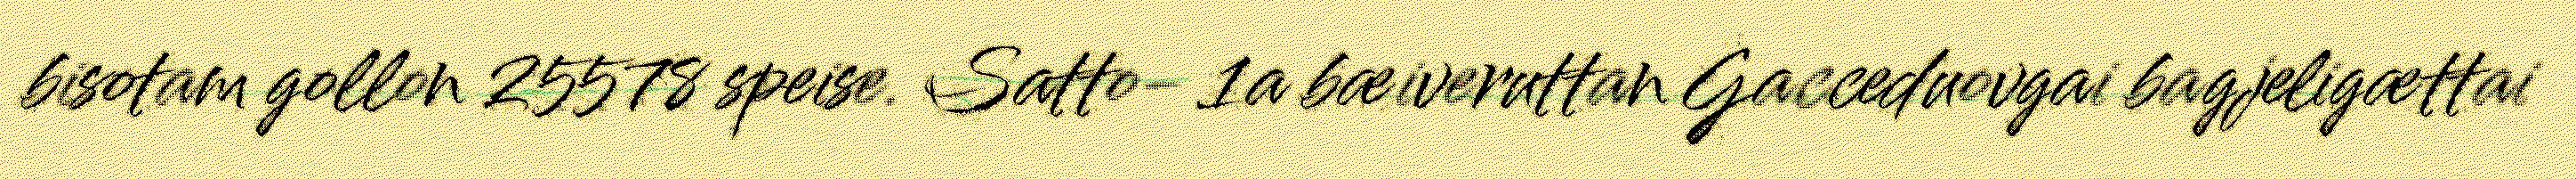
bisotam gollon 25578 speise. Satto- 1a bæiveruttan Gacceduovgai bagjeligættai